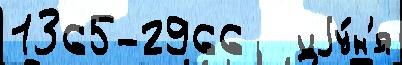
1365-2966   иjу́н'я